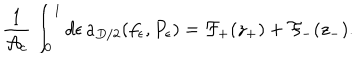
{ \frac { 1 } { { \cal A } _ { c } } } \int _ { 0 } ^ { 1 } d \epsilon \, a _ { D / 2 } ( f _ { \epsilon } , P _ { \epsilon } ) = { \cal F } _ { + } ( z _ { + } ) + { \cal F } _ { - } ( z _ { - } ) .